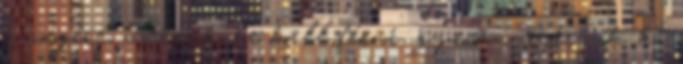
a végére, aminek be kell férni, gyorsan nyírjuk ki